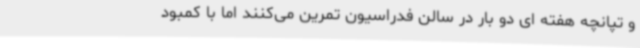
و تپانچه هفته ای دو بار در سالن فدراسیون تمرین می‌کنند اما با کمبود